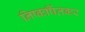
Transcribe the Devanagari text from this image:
निष्कर्षितकर